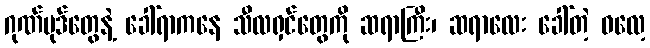
ဂုဏ်ပုဒ်တွေနဲ့ ခေါ်ရာကနေ သီလရှင်တွေကို ဆရာကြီး၊ ဆရာလေး ခေါ်တဲ့ ဓလေ့